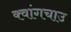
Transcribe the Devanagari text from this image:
क्वांगचाउ